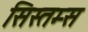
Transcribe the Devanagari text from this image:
सिस्तम्स